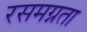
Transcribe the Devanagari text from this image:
रसमग्नता